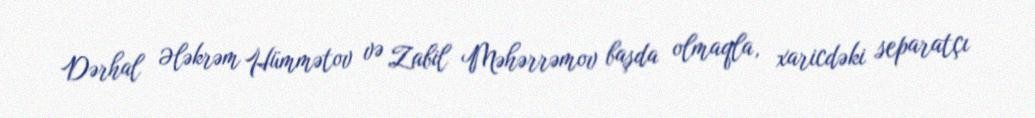
Dərhal Ələkrəm Hümmətov və Zabil Məhərrəmov başda olmaqla, xaricdəki separatçı